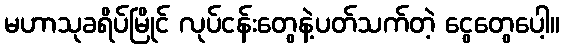
မဟာသုခရိပ်မြိုင် လုပ်ငန်းတွေနဲ့ပတ်သက်တဲ့ ငွေတွေပေါ့။